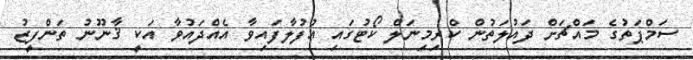
ސަމްޕަތުގެ މައްޗަށް ދައުލަތުން ކްރިމިނަލް ކޯޓުގައި އުފުލާފައިވާ އެއްދައުވާ އަކީ ޤާނޫނު ތަންފީޒު